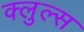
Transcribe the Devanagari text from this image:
क्लुल्स